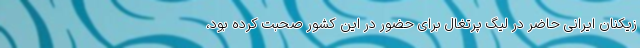
زیکنان ایرانی حاضر در لیگ پرتغال برای حضور در این کشور صحبت کرده بود،